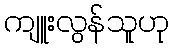
ကျူးလွန်သူဟု